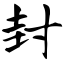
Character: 封